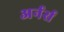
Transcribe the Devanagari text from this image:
अर्नर्स